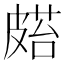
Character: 𥀌